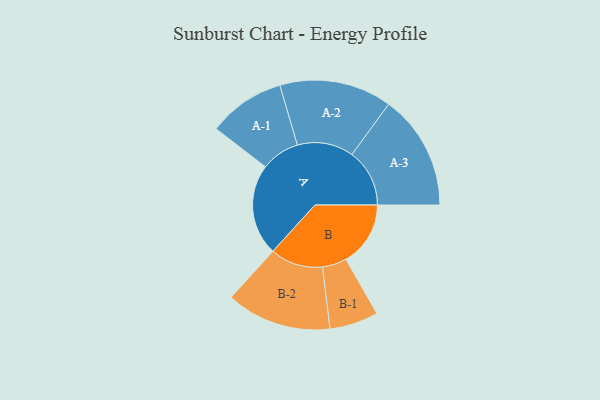
{"axis": {"x": "Segment", "y": "Value"}, "legend": ["", "A", "B"], "data": [{"x": "A", "y": 464, "type": ""}, {"x": "B", "y": 328, "type": ""}, {"x": "A-1", "y": 196, "type": "A"}, {"x": "A-2", "y": 286, "type": "A"}, {"x": "A-3", "y": 293, "type": "A"}, {"x": "B-1", "y": 124, "type": "B"}, {"x": "B-2", "y": 268, "type": "B"}]}